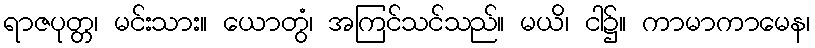
ရာဇပုတ္တ၊ မင်းသား။ ယောတွံ၊ အကြင်သင်သည်။ မယိ၊ ငါ၌။ ကာမာကာမေန၊